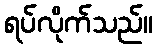
ရပ်လိုက်သည်။